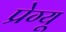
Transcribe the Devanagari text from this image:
प्रेग्यू